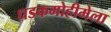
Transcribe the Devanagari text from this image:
धडकमोहीमेला